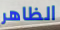
الظاهر